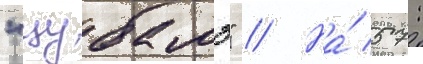
"цубамэ" // На́ 57: